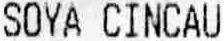
SOYA CINCAU